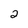
Character: 2